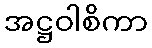
အဋ္ဌဝါစိကာ